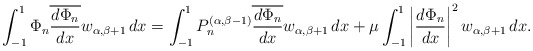
\begin{align*} \int_{-1}^1\Phi_n\overline{\dfrac{d\Phi_n}{dx}} w_{\alpha,\beta+1}\,dx = \int_{-1}^1 P_n^{(\alpha,\beta-1)}\overline{\dfrac{d\Phi_n}{dx}} w_{\alpha,\beta+1}\,dx + \mu \int_{-1}^1\left|\dfrac{d\Phi_n}{dx}\right|^2w_{\alpha,\beta+1}\, dx. \end{align*}